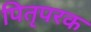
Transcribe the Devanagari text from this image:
पितृपरक